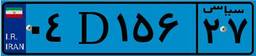
۰۴D۱۵۶۲۷